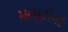
મામૂટીની